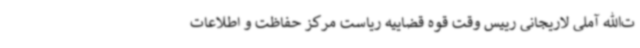
ت‌الله آملی لاریجانی رییس وقت قوه قضاییه ریاست مرکز حفاظت و اطلاعات